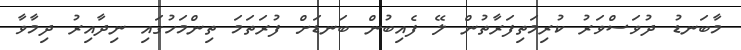
މާބަނޑު ދުވަސްވަރު ކުރިމަތިފަރާތުން ލޭ ފެއިބުން ބަނޑަށް ފުރަތަމަ ތިންމަހުގައި ނިދާއިރު ދިމާވާ